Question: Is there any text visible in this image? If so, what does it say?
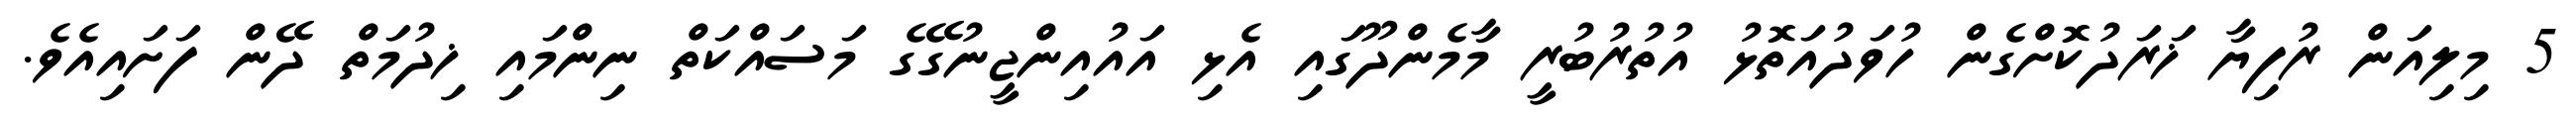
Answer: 5 މިލިއަން ރުފިޔާ ޚަރަދުކޮށްގެން ހުވަދުއަތޮޅު އުތުރުބުރީ މާމެންދޫގައި އެޅި އައުއިންޖީނުގޭގެ މަސައްކަތް ނިންމައި ޚިދުމަތް ދޭން ފަށައިއެވެ.